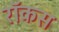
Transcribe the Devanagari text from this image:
रॉकस